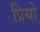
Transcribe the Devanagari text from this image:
प्रियो